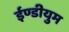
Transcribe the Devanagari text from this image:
ईण्डीयुम